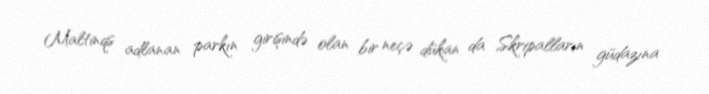
Maltinqs adlanan parkın girişində olan bir neçə dükan da Skripalların güdazına